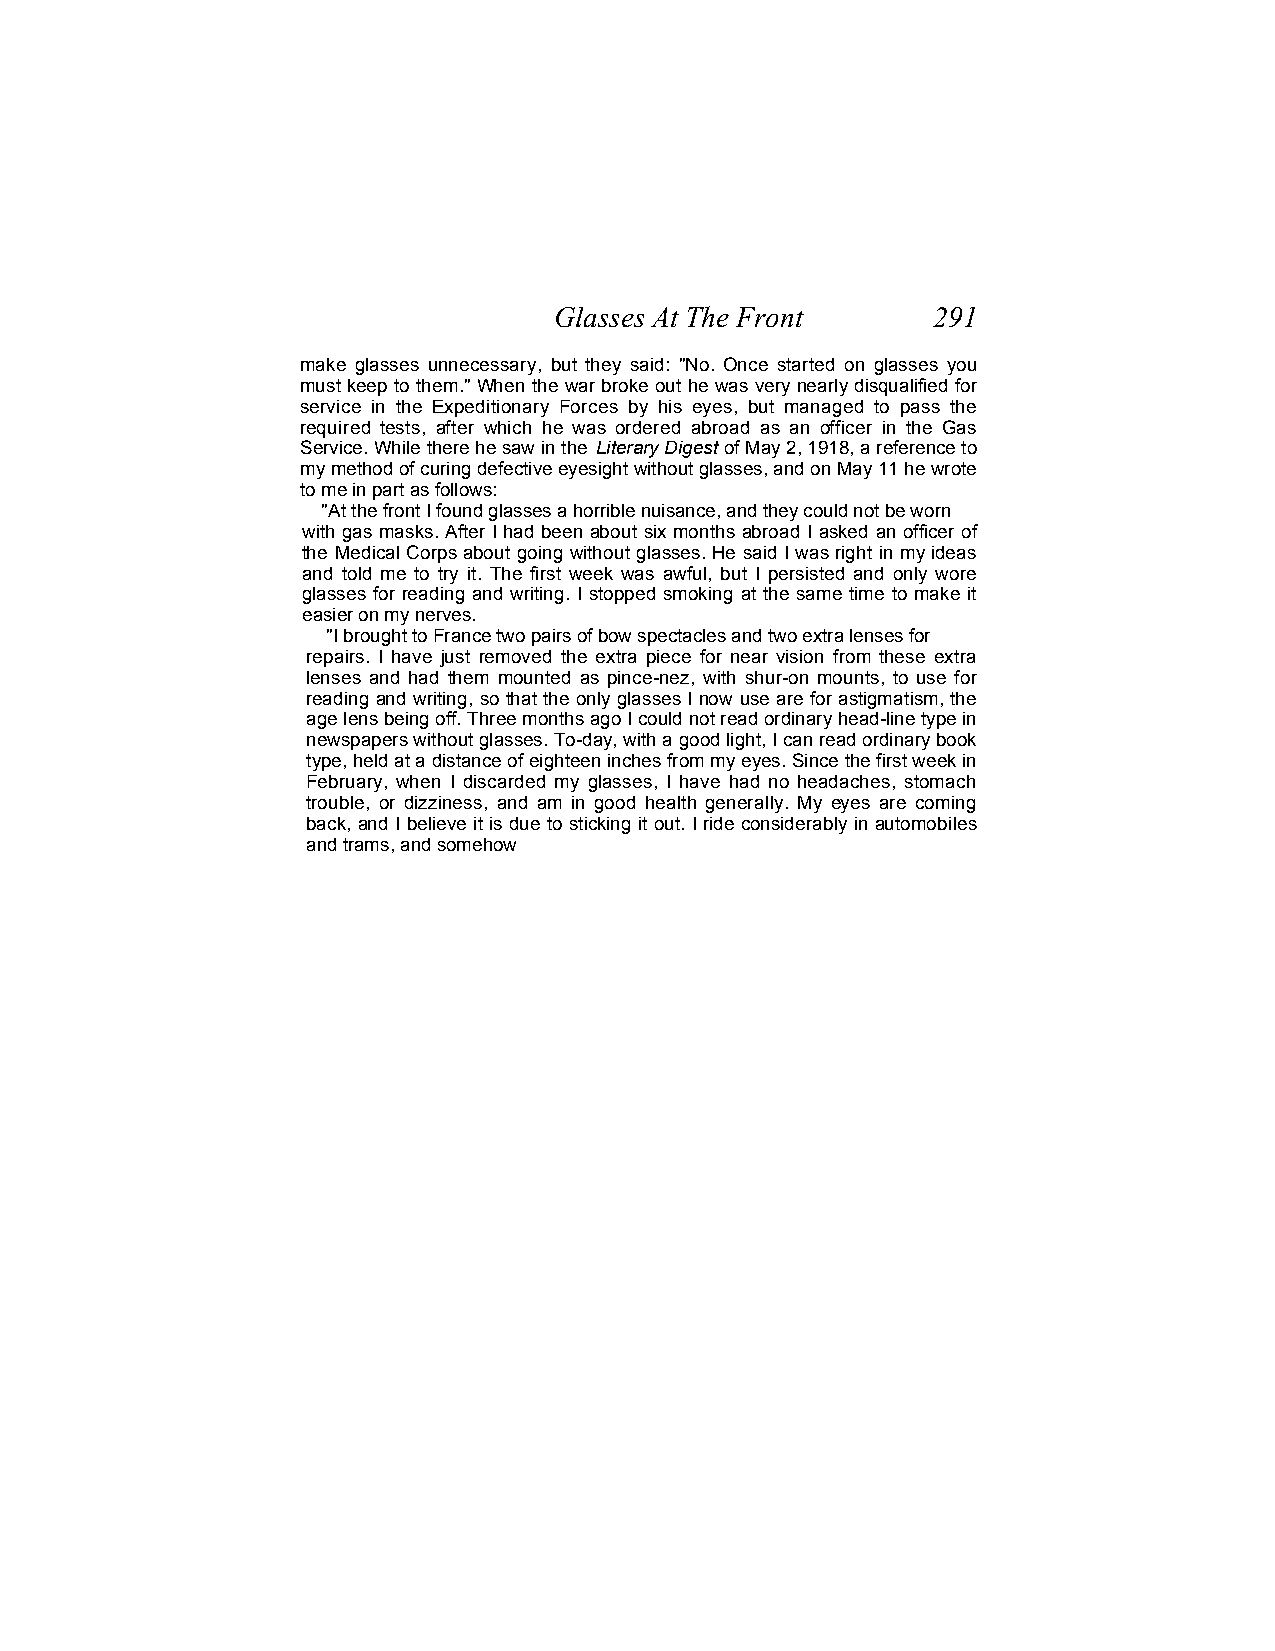
Glasses At The Front     291
 make glasses unnecessary, but they said: "No. Once started on glasses you
 must keep to them." When the war broke out he was very nearly disqualified for
 service in the Expeditionary Forces by his eyes, but managed to pass the
 required tests, after which he was ordered abroad as an officer in the Gas
 Service. While there he saw in the Literary Digest of May 2, 1918, a reference to
 my method of curing defective eyesight without glasses, and on May 11 he wrote
 to me in part as follows:
 "At the front I found glasses a horrible nuisance, and they could not be worn
 with gas masks. After I had been about six months abroad I asked an officer of
 the Medical Corps about going without glasses. He said I was right in my ideas
 and told me to try it. The first week was awful, but I persisted and only wore
 glasses for reading and writing. I stopped smoking at the same time to make it
 easier on my nerves.
 "I brought to France two pairs of bow spectacles and two extra lenses for
 repairs. I have just removed the extra piece for near vision from these extra
 lenses and had them mounted as pince-nez, with shur-on mounts, to use for
 reading and writing, so that the only glasses I now use are for astigmatism, the
 age lens being off. Three months ago I could not read ordinary head-line type in
 newspapers without glasses. To-day, with a good light, I can read ordinary book
 type, held at a distance of eighteen inches from my eyes. Since the first week in
 February, when I discarded my glasses, I have had no headaches, stomach
 trouble, or dizziness, and am in good health generally. My eyes are coming
 back, and I believe it is due to sticking it out. I ride considerably in automobiles
 and trams, and somehow